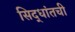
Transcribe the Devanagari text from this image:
सिद्धांतची